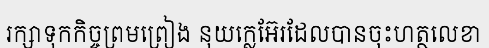
រក្សាទុកកិច្ចព្រមព្រៀង នុយក្លេអ៊ែរដែលបានចុះហត្ថលេខា